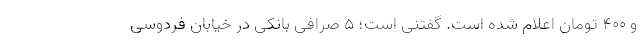
و ۴۰۰ تومان اعلام شده است. گفتنی است؛ ۵ صرافی بانکی در خیابان فردوسی